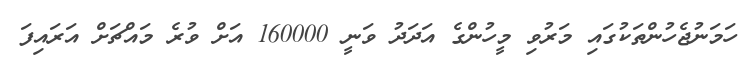
ހަމަނުޖެހުންތަކުގައި މަރުވި މީހުންގެ އަދަދު ވަނީ 160000 އަށް ވުރެ މައްޗަށް އަރައިފަ